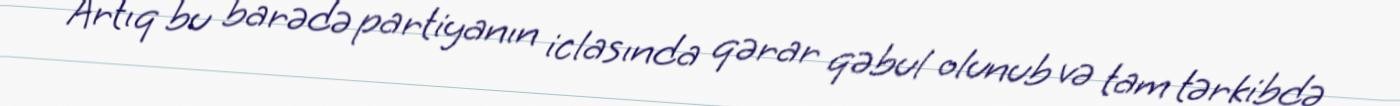
Artıq bu barədə partiyanın iclasında qərar qəbul olunub və tam tərkibdə